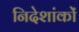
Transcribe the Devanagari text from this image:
निदेशांकों